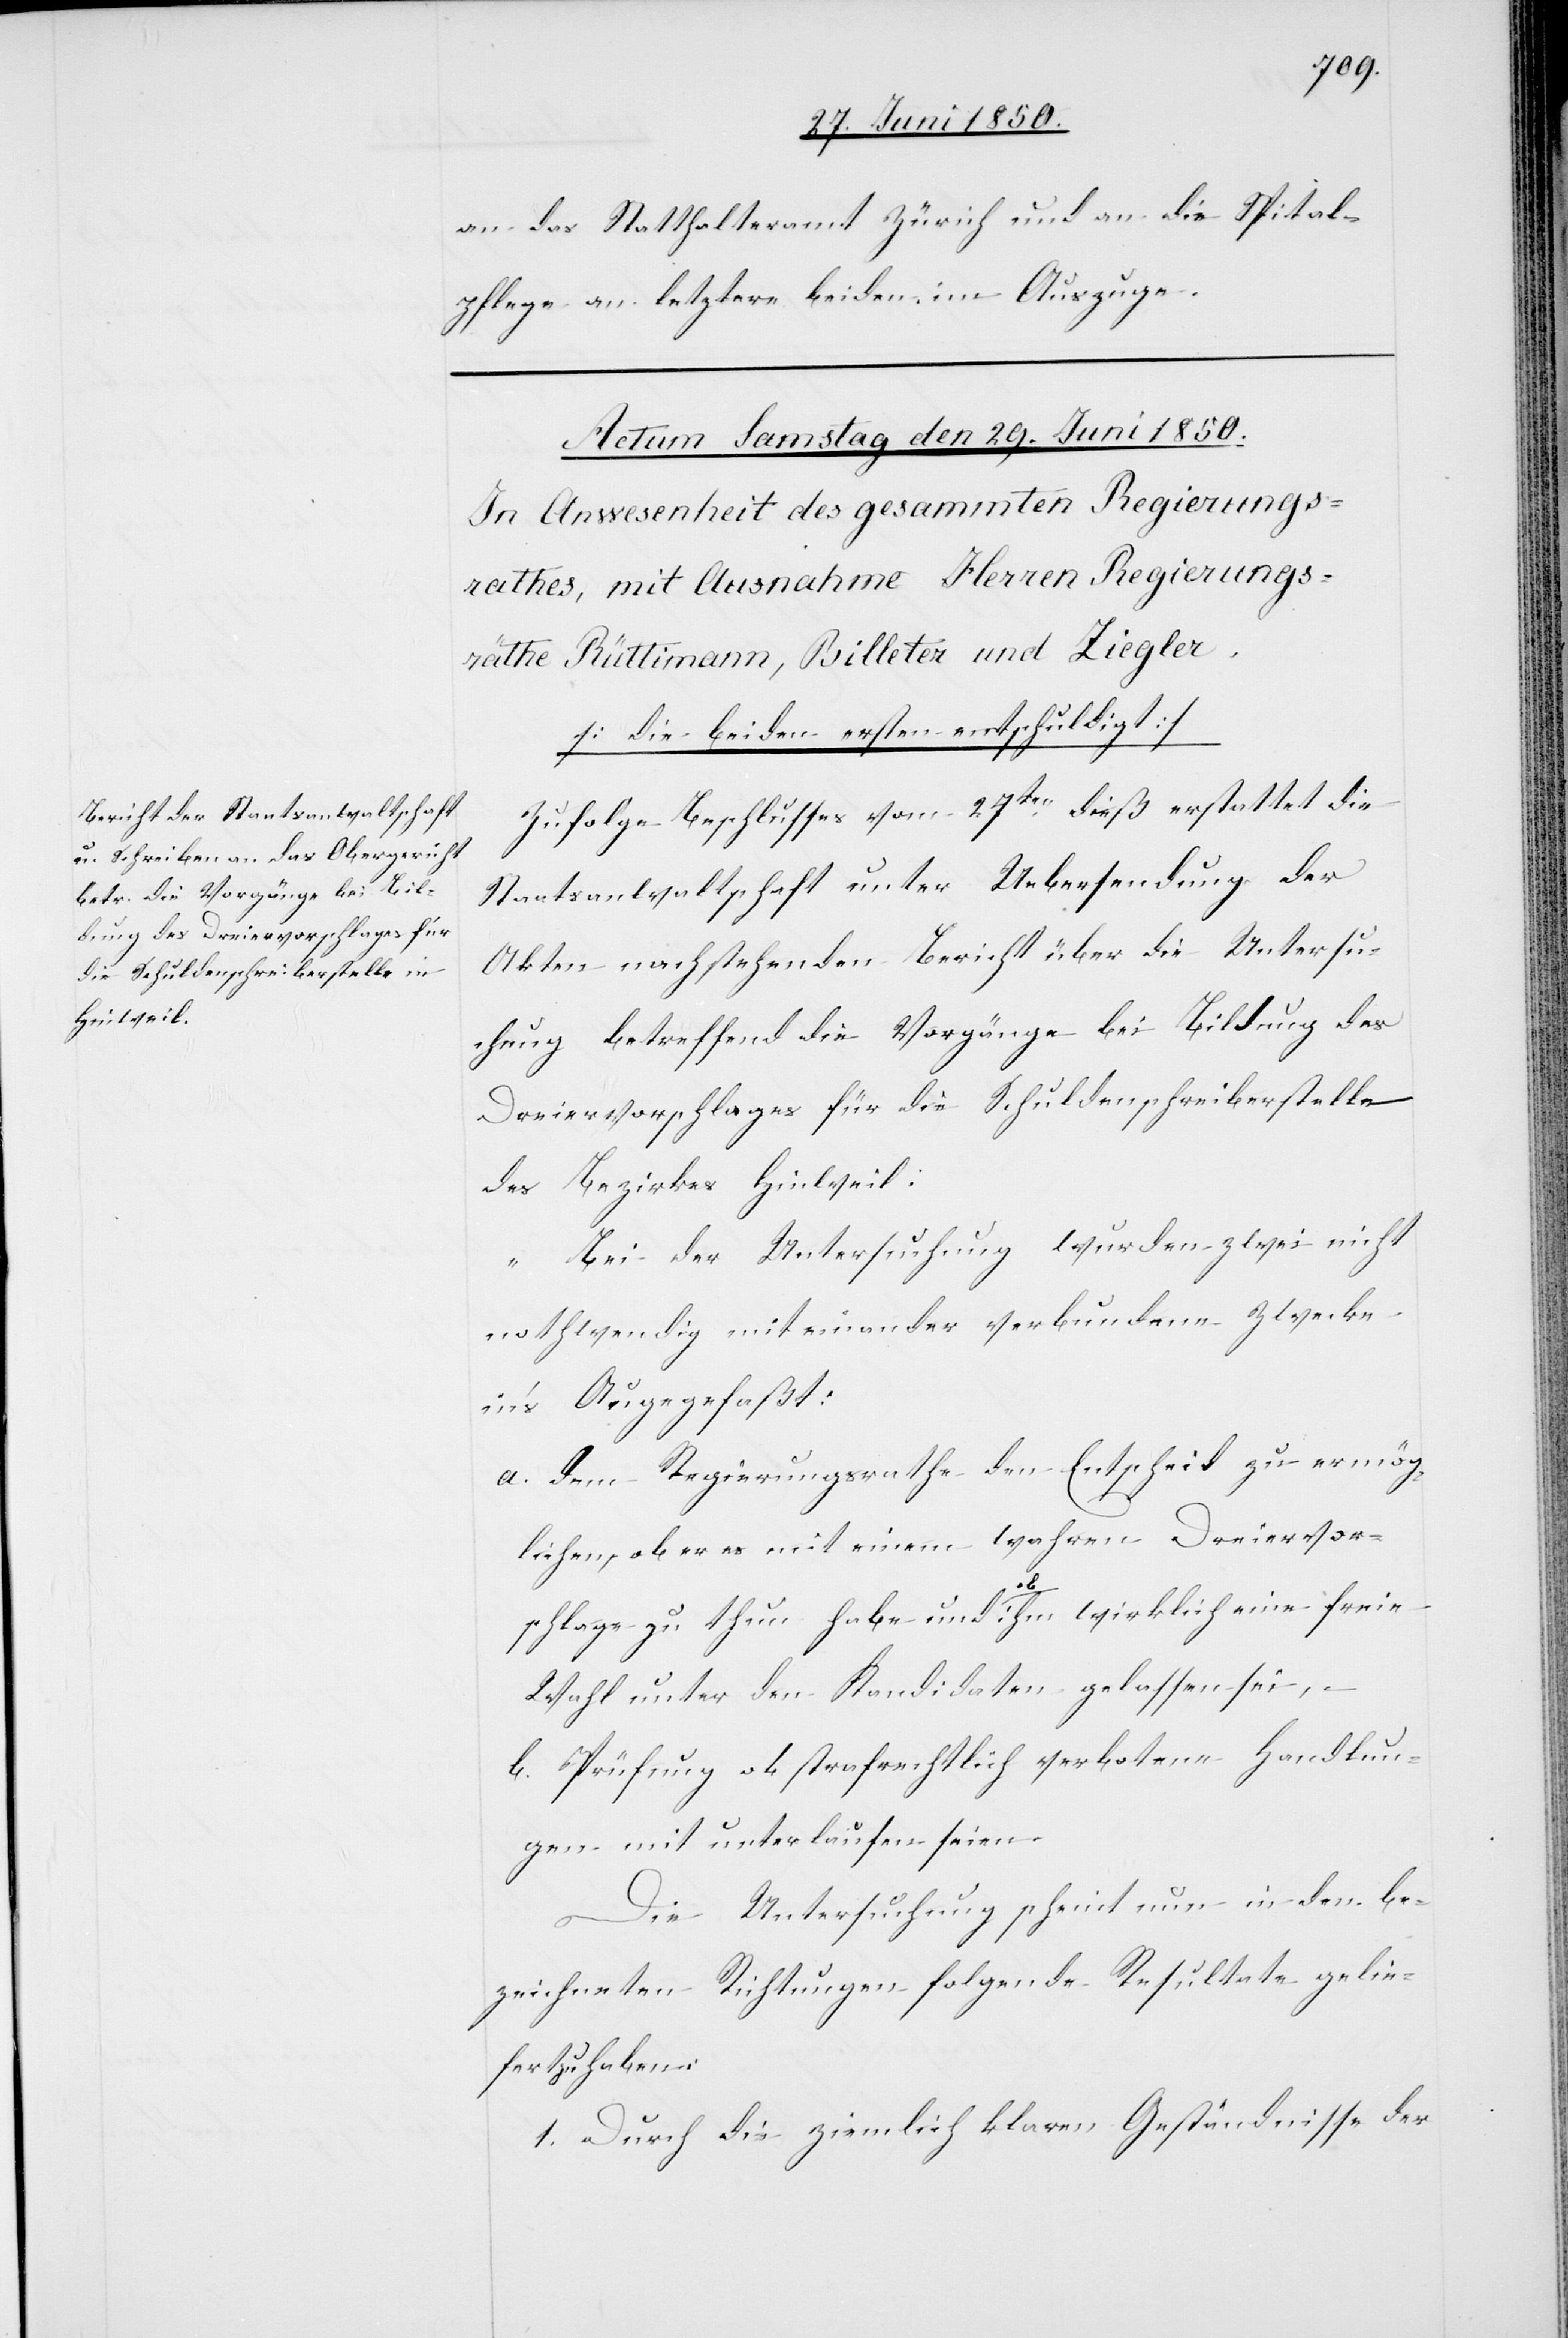
an das Statthalteramt Zürich und an die Spital¬
pflege an letztere beiden im Auszuge.
Zufolge Beschlusses vom 27ten dieß erstattet die
Staatsanwaltschaft unter Uebersendung der
Akten nachstehenden Bericht über die Untersu¬
chung betreffend die Vorgänge bei Bildung des
Dreiervorschlages für die Schuldenschreiberstelle
des Bezirkes Hinweil.
„Bei der Untersuchung wurden zwei nicht
nothwendig miteinander verbundene Zwecke
in’s Auge gefaßt:
a. dem Regierungsrathe den Entscheid zu ermög¬
lichen, ob er es mit einem wahren Dreiervor¬
schlage zu thun habe und ob ihm wirklich eine freie
Wahl unter den Kandidaten gelassen sei,
b. Prüfung ob strafrechtlich verbotene Handlun¬
gen mit unterlaufen seien.
Die Untersuchung scheint nun in den be¬
zeichneten Richtungen folgende Resultate gelie¬
fert zu haben:
1. Durch die ziemlich klaren Geständnisse der